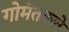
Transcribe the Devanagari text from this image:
गोमंतकचे